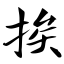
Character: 挨